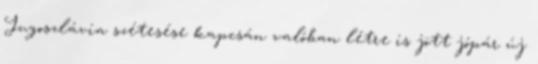
Jugoszlávia szétesése kapcsán valóban létre is jött jópár új